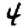
Digit: 4